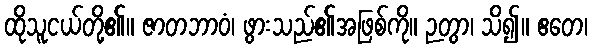
ထိုသူငယ်တို့၏။ ဇာတဘာဝံ၊ ဖွားသည်၏အဖြစ်ကို။ ဉတွာ၊ သိ၍။ ဧတေ၊